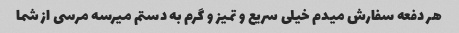
هر دفعه سفارش میدم خیلی سریع و تمیز و گرم به دستم میرسه مرسی از شما